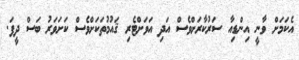
އެކަމަށް ވާނީ އިންޑިއާ ސަރުކާރަށްވެސް އަދި އަވަށްޓެރި ޤައުމުތަކަށްވެސް ކަށަވަރު ބަސް ދީފަ.